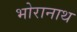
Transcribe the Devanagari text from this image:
भोरानाथ